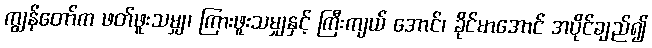
ကျွန်တော်က ဖတ်ဖူးသမျှ၊ ကြားဖူးသမျှနှင့် ကြီးကျယ် အောင်၊ ခိုင်မာအောင် အပိုင်ချည်၍